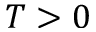
T > 0